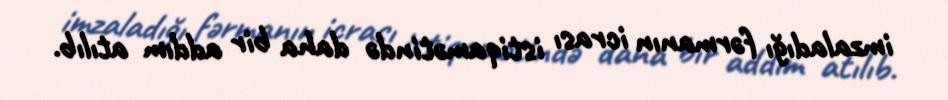
imzaladığı fərmanın icrası istiqamətində daha bir addım atılıb.